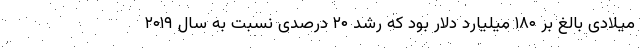
میلادی بالغ بر ۱۸۰ میلیارد دلار بود که رشد ۲۰ درصدی نسبت به سال ۲۰۱۹